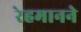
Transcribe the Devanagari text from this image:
रेहमानने